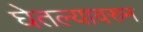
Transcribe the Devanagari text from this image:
घेतल्यावरुन